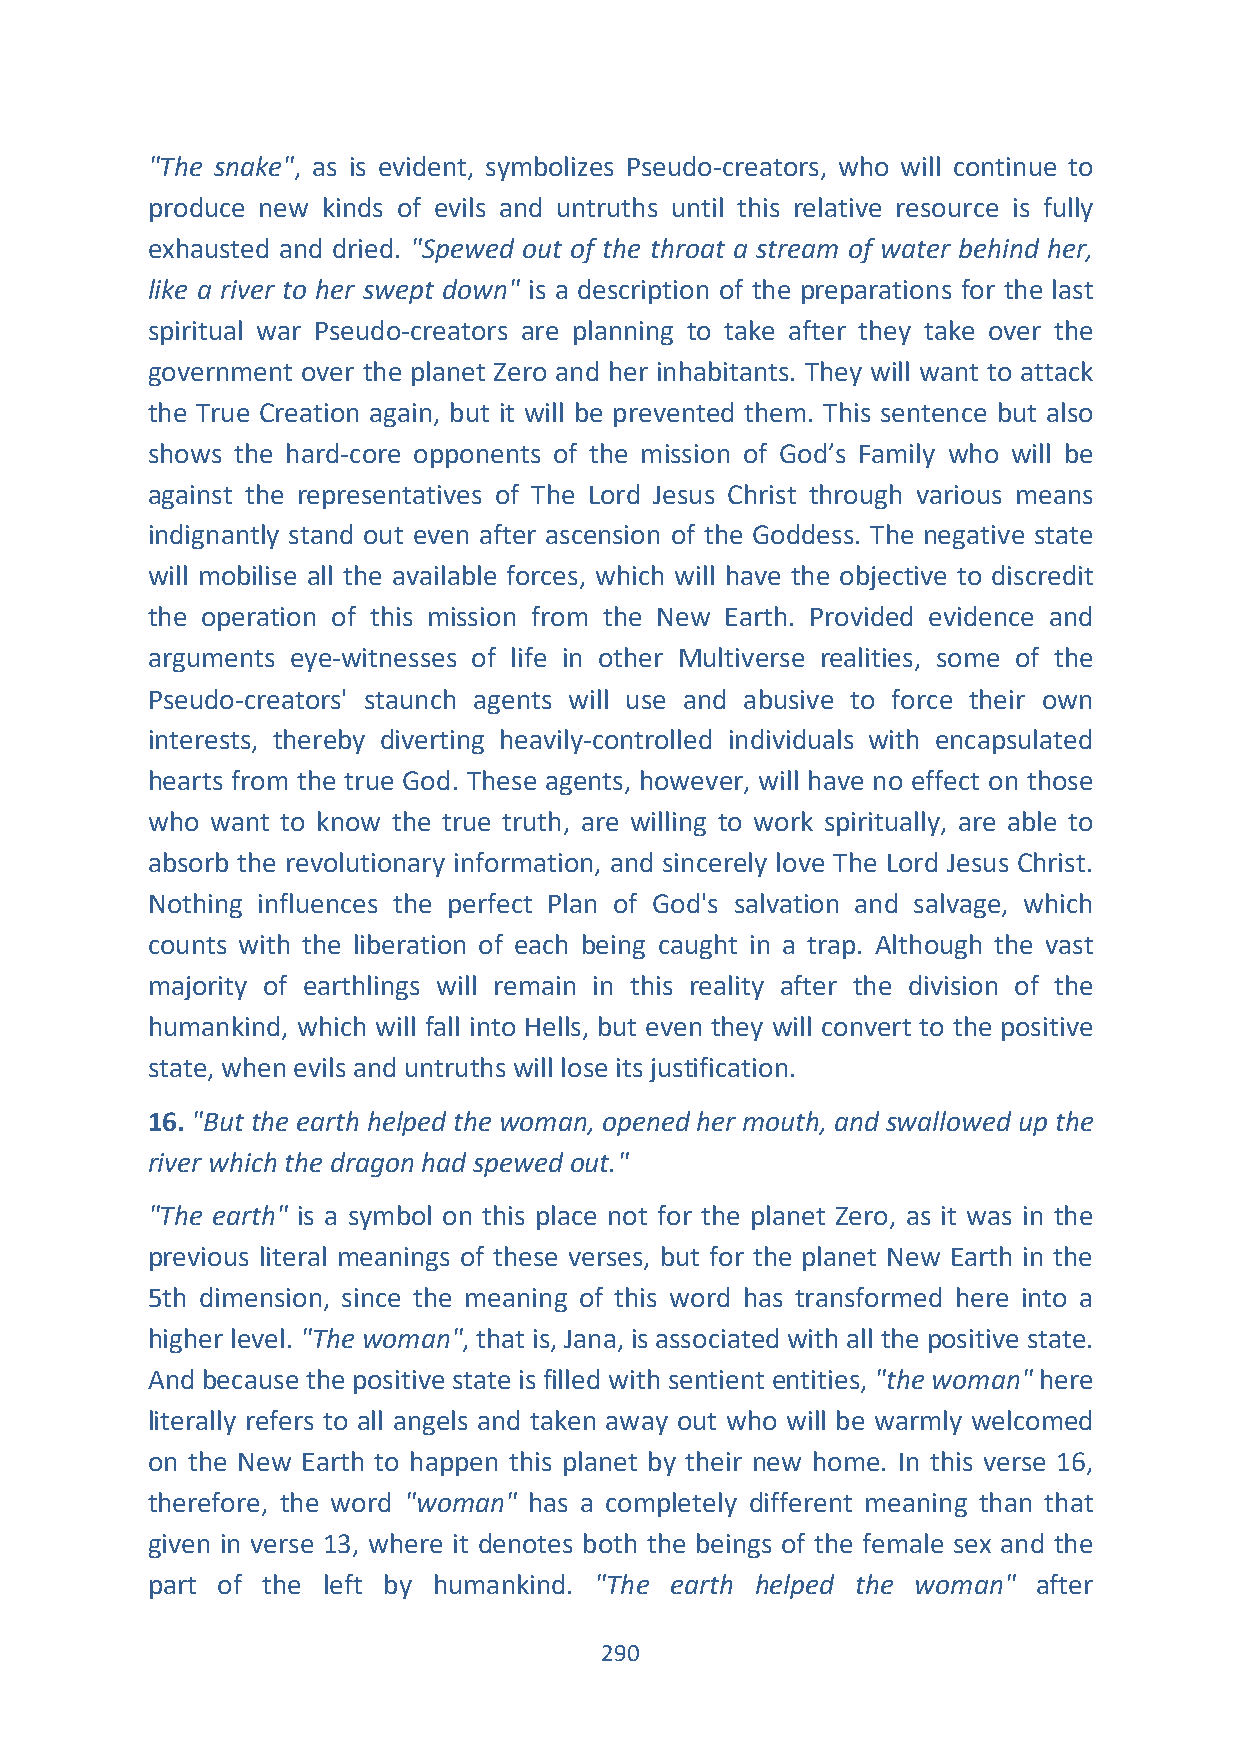
"The snake", as is evident, symbolizes Pseudo-creators, who will continue to
 produce new kinds of evils and untruths until this relative resource is fully
 exhausted and dried. "Spewed out of the throat a stream of water behind her,
 like a river to her swept down" is a description of the preparations for the last
 spiritual war Pseudo-creators are planning to take after they take over the
 government over the planet Zero and her inhabitants. They will want to attack
 the True Creation again, but it will be prevented them. This sentence but also
 shows the hard-core opponents of the mission of God’s Family who will be
 against the representatives of The Lord Jesus Christ through various means
 indignantly stand out even after ascension of the Goddess. The negative state
 will mobilise all the available forces, which will have the objective to discredit
 the operation of this mission from the New Earth. Provided evidence and
 arguments eye-witnesses of life in other Multiverse realities, some of the
 Pseudo-creators' staunch agents will use and abusive to force their own
 interests, thereby diverting heavily-controlled individuals with encapsulated
 hearts from the true God. These agents, however, will have no effect on those
 who want to know the true truth, are willing to work spiritually, are able to
 absorb the revolutionary information, and sincerely love The Lord Jesus Christ.
 Nothing influences the perfect Plan of God's salvation and salvage, which
 counts with the liberation of each being caught in a trap. Although the vast
 majority of earthlings will remain in this reality after the division of the
 humankind, which will fall into Hells, but even they will convert to the positive
 state, when evils and untruths will lose its justification.
 16. "But the earth helped the woman, opened her mouth, and swallowed up the
 river which the dragon had spewed out."
 "The earth" is a symbol on this place not for the planet Zero, as it was in the
 previous literal meanings of these verses, but for the planet New Earth in the
 5th dimension, since the meaning of this word has transformed here into a
 higher level. "The woman", that is, Jana, is associated with all the positive state.
 And because the positive state is filled with sentient entities, "the woman" here
 literally refers to all angels and taken away out who will be warmly welcomed
 on the New Earth to happen this planet by their new home. In this verse 16,
 therefore, the word "woman" has a completely different meaning than that
 given in verse 13, where it denotes both the beings of the female sex and the
 part of the left by humankind. "The earth helped the woman" after
 290